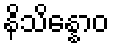
နိသိန္နောဝ